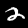
Label: 2